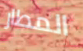
المطار